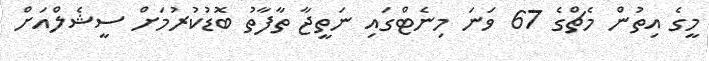
މީގެ އިތުން މެޗްގެ 67 ވަނަ މިނެޓްގައި ނަތީޖާ ތާފާތު ބޮޑުކުރުމަށް ސީޝެލްއަށް